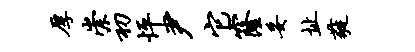
厚崇初怦尹它窿妥址蕤